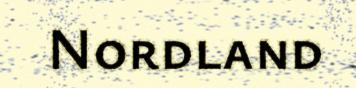
Nordland